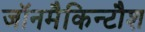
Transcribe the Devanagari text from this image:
जॉनमैकिन्टौश